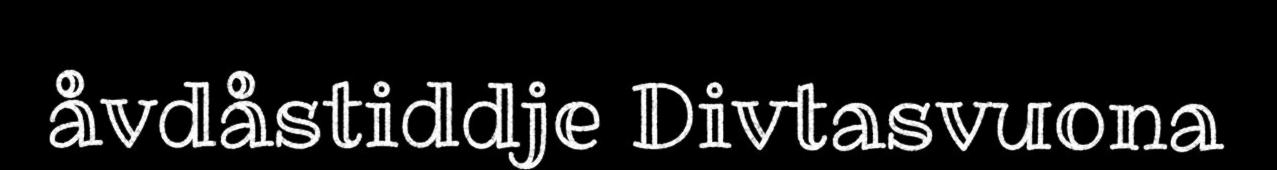
åvdåstiddje Divtasvuona